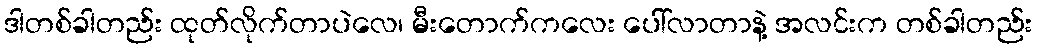
ဒါတစ်ခါတည်း ထုတ်လိုက်တာပဲလေ၊ မီးတောက်ကလေး ပေါ်လာတာနဲ့ အလင်းက တစ်ခါတည်း